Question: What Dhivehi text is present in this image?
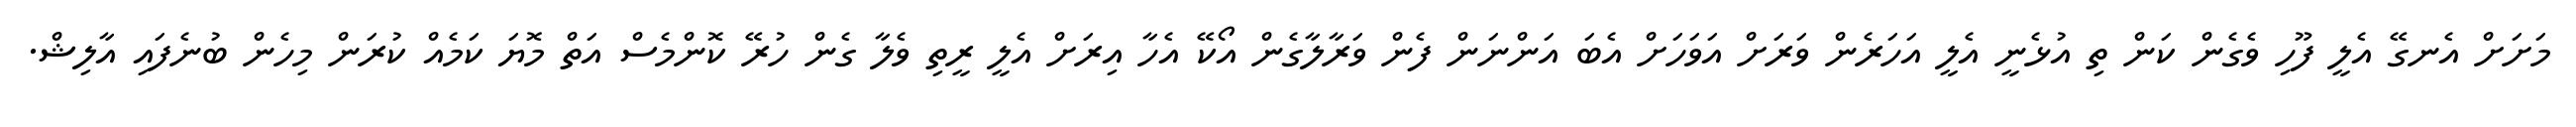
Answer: މަށަށް އެނގޭ އެލީ ފޫހި ވެގެން ކަން ތި އުޅެނީ އެލީ އަހަރެން ވަރަށް އަވަހަށް އެބަ އަންނަން ފެން ވަރާލާގެން އޯކޭ އެހާ އިރަށް އެލީ ރީތި ވެލާ ގެން ހުރޭ ކޮންމެސް އަތް މޮޔަ ކަމެއް ކުރަން މިހެން ބުނެފައި އާލިޝް.